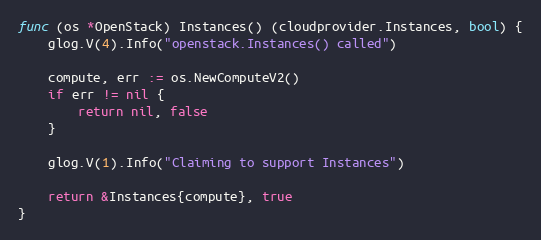
Language: Go
func (os *OpenStack) Instances() (cloudprovider.Instances, bool) {
	glog.V(4).Info("openstack.Instances() called")

	compute, err := os.NewComputeV2()
	if err != nil {
		return nil, false
	}

	glog.V(1).Info("Claiming to support Instances")

	return &Instances{compute}, true
}